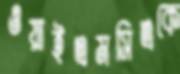
ওয়াইএমসিএকে